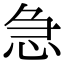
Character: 急